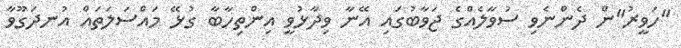
"ހަވީރު"ން ދެންނެވި ސުވާލެއްގެ ޖަވާބުގައި އޭނާ ވިދާޅުވީ އިންތިހާބާ ގުޅޭ މައްސަލަތައް އުނދަގޫވާ